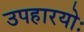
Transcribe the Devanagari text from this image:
उपहारयोः